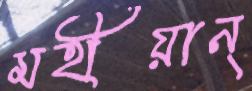
মহীয়ান্‌